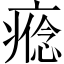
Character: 𤹑